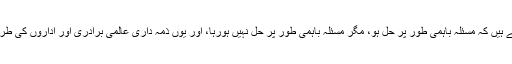
سب یہ تو کہہ رہے ہیں کہ مسئلہ باہمی طور پر حل ہو، مگر مسئلہ باہمی طور پر حل نہیں ہورہا، اور یوں ذمہ داری عالمی برادری اور اداروں کی طرف منتقل ہوتی ہے۔